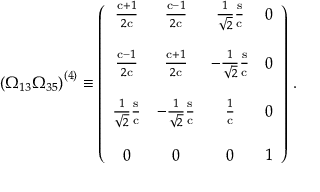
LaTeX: \left( \Omega _ { 1 3 } \Omega _ { 3 5 } \right) ^ { ( 4 ) } \equiv \left( \begin{array} { c c c c } { { \frac { \mathrm { c } + 1 } { 2 \mathrm { c } } } } & { { \frac { \mathrm { c } - 1 } { 2 \mathrm { c } } } } & { { \frac { 1 } { \sqrt { 2 } } \frac { \mathrm { s } } { \mathrm { c } } } } & { { 0 } } \\ { { } } & { { } } & { { } } & { { } } \\ { { \frac { \mathrm { c } - 1 } { 2 \mathrm { c } } } } & { { \frac { \mathrm { c } + 1 } { 2 \mathrm { c } } } } & { { - \frac { 1 } { \sqrt { 2 } } \frac { \mathrm { s } } { \mathrm { c } } } } & { { 0 } } \\ { { } } & { { } } & { { } } & { { } } \\ { { \frac { 1 } { \sqrt { 2 } } \frac { \mathrm { s } } { \mathrm { c } } } } & { { - \frac { 1 } { \sqrt { 2 } } \frac { \mathrm { s } } { \mathrm { c } } } } & { { \frac { 1 } { \mathrm { c } } } } & { { 0 } } \\ { { } } & { { } } & { { } } & { { } } \\ { { 0 } } & { { 0 } } & { { 0 } } & { { 1 } } \end{array} \right) \, .